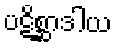
ပဋိစ္ဆာဒါယ